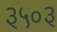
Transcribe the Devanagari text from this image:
३५०३